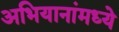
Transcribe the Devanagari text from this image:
अभियानांमध्ये